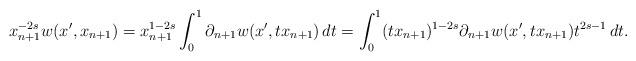
LaTeX: \begin{align*}x_{n+1}^{-2s}w(x',x_{n+1})=x_{n+1}^{1-2s}\int_{0}^{1}\partial_{n+1}w(x',tx_{n+1})\,dt=\int_{0}^{1}(tx_{n+1})^{1-2s}\partial_{n+1}w(x',tx_{n+1})t^{2s-1}\,dt.\end{align*}